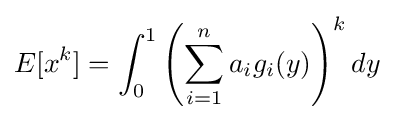
E[x^{k}]=\int _{0}^{1}\left(\sum _{i=1}^{n}a_{i}g_{i}(y)\right)^{k}dy